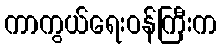
ကာကွယ်ရေးဝန်ကြီးက